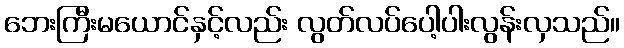
ဘေးကြီးမယောင်နှင့်လည်း လွတ်လပ်ပေါ့ပါးလွန်းလှသည်။